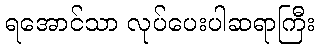
ရအောင်သာ လုပ်ပေးပါဆရာကြီး